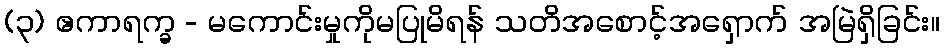
(၃) ဧကာရက္ခ - မကောင်းမှုကိုမပြုမိရန် သတိအစောင့်အရှောက် အမြဲရှိခြင်း။